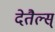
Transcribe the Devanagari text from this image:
देतैल्स्